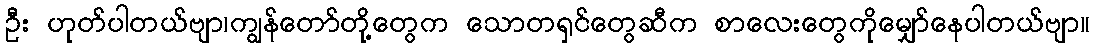
ဦး ဟုတ်ပါတယ်ဗျာ၊ကျွန်တော်တို့တွေက သောတရှင်တွေဆီက စာလေးတွေကိုမျှော်နေပါတယ်ဗျာ။